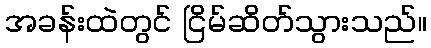
အခန်းထဲတွင် ငြိမ်ဆိတ်သွားသည်။